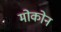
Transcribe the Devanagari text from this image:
मोकोन